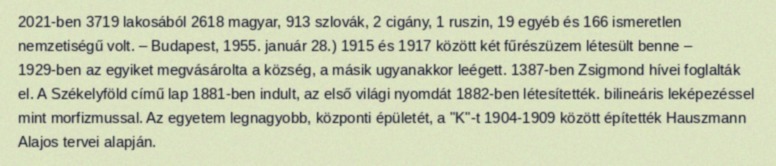
2021-ben 3719 lakosából 2618 magyar, 913 szlovák, 2 cigány, 1 ruszin, 19 egyéb és 166 ismeretlen nemzetiségű volt. – Budapest, 1955. január 28.) 1915 és 1917 között két fűrészüzem létesült benne – 1929-ben az egyiket megvásárolta a község, a másik ugyanakkor leégett. 1387-ben Zsigmond hívei foglalták el. A Székelyföld című lap 1881-ben indult, az első világi nyomdát 1882-ben létesítették. bilineáris leképezéssel mint morfizmussal. Az egyetem legnagyobb, központi épületét, a "K"-t 1904-1909 között építették Hauszmann Alajos tervei alapján.